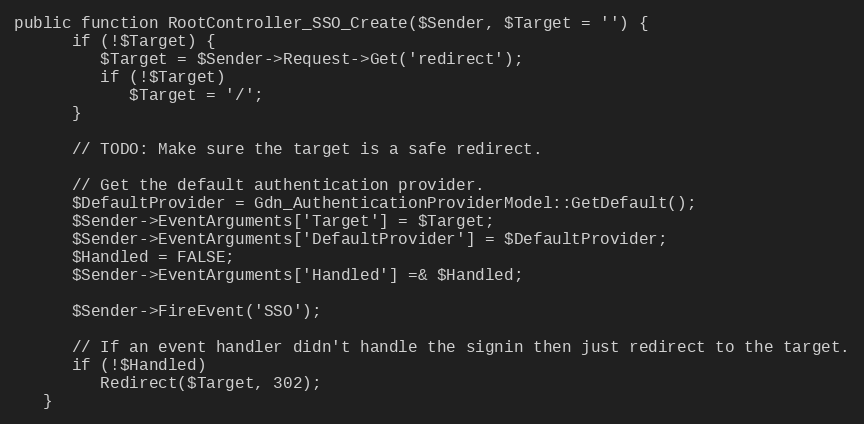
Language: PHP
public function RootController_SSO_Create($Sender, $Target = '') {
      if (!$Target) {
         $Target = $Sender->Request->Get('redirect');
         if (!$Target)
            $Target = '/';
      }

      // TODO: Make sure the target is a safe redirect.

      // Get the default authentication provider.
      $DefaultProvider = Gdn_AuthenticationProviderModel::GetDefault();
      $Sender->EventArguments['Target'] = $Target;
      $Sender->EventArguments['DefaultProvider'] = $DefaultProvider;
      $Handled = FALSE;
      $Sender->EventArguments['Handled'] =& $Handled;

      $Sender->FireEvent('SSO');

      // If an event handler didn't handle the signin then just redirect to the target.
      if (!$Handled)
         Redirect($Target, 302);
   }